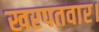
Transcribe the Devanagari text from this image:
खरपतवार।